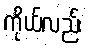
ကိုယ်လည်း